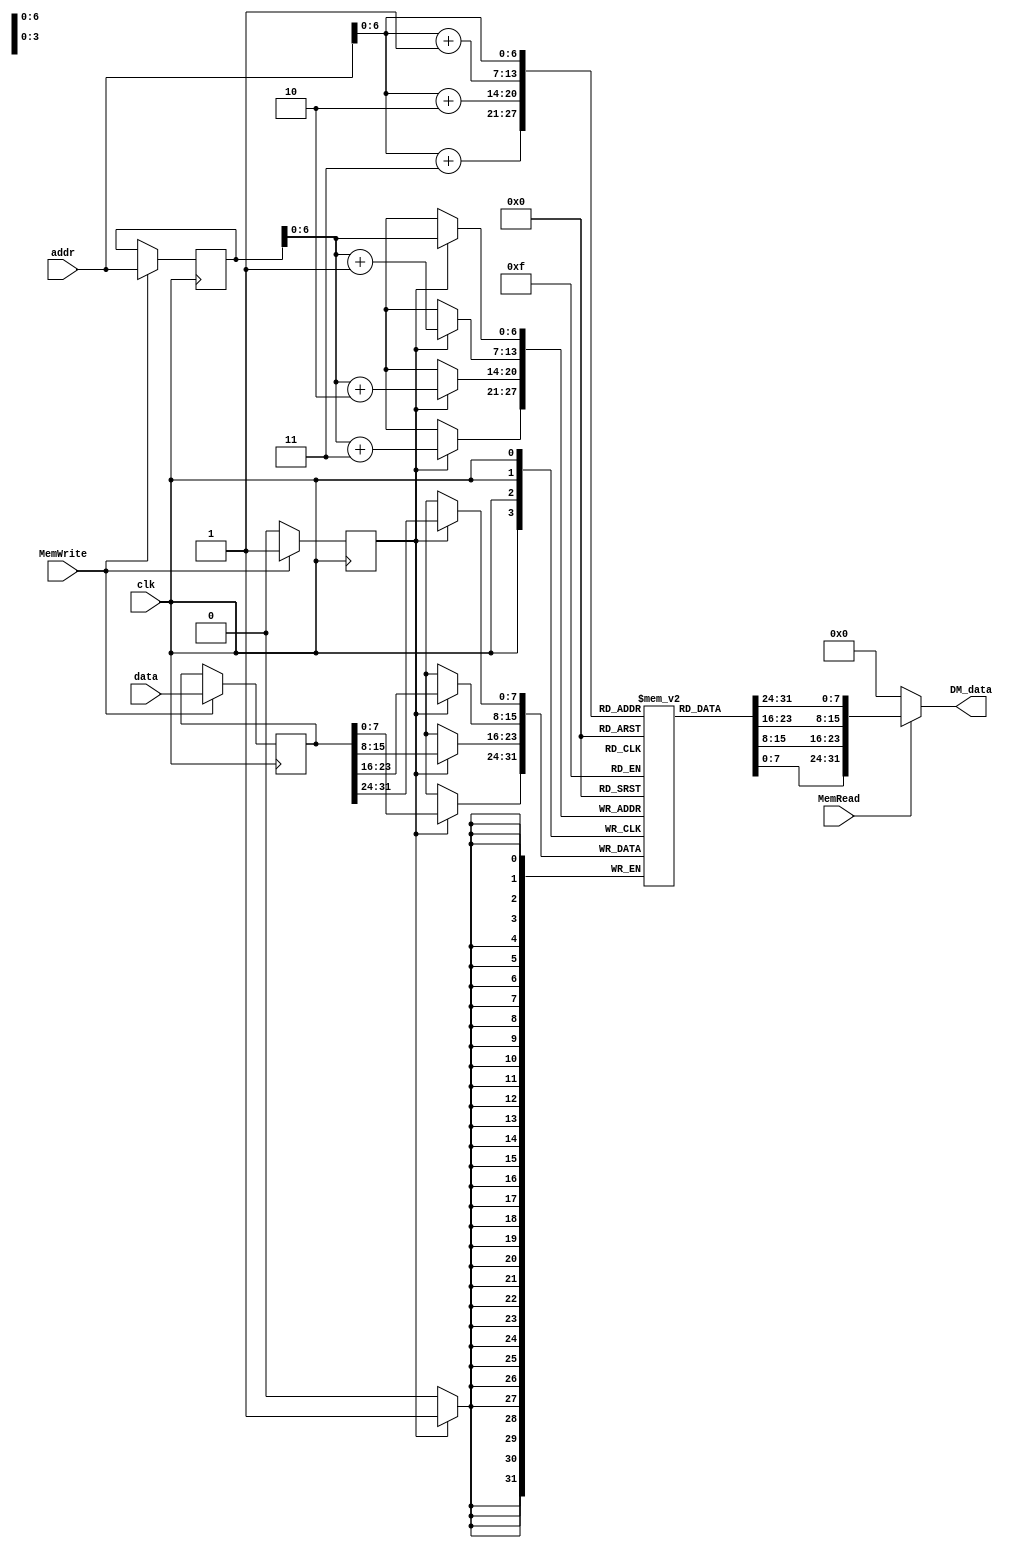
`timescale 1ns/1ns
module Data_Memory(clk, addr, data, MemRead, MemWrite, DM_data);
  
input MemRead,MemWrite,clk;
input [31:0]addr,data;
output [31:0]DM_data;
reg [7:0] Mem [127:0];
reg semW;
reg [31:0]savedata,saveaddr;

assign DM_data = (MemRead==1'b1)?{Mem[addr[6:0]], Mem[addr+1], Mem[addr+2], Mem[addr+3]}:32'b0;

integer i;
initial begin
  for (i=0;i<128;i=i+1) begin
    Mem[i] = 8'b0;
  end
  semW = 1'b0;
  savedata = 32'b0;
  saveaddr = 32'b0;
end

always@(negedge clk)begin
		if(semW==1'b1) begin
			Mem[saveaddr] <= savedata[31:24];
			Mem[saveaddr+1] <= savedata[23:16];
			Mem[saveaddr+2] <= savedata[15:8];
			Mem[saveaddr+3] <= savedata[7:0];
    		end
			
			end  
always@(posedge clk)begin
    if(MemWrite==1'b1) begin
    semW <= 1'b1;
    savedata <= data;
    saveaddr <= addr;
    end
    else 
    semW <= 1'b0;
end  

endmodule